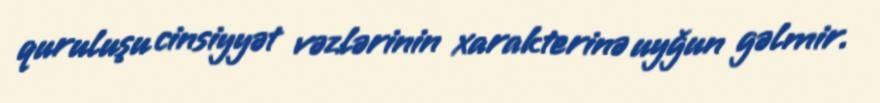
quruluşu cinsiyyət vəzlərinin xarakterinə uyğun gəlmir.